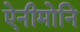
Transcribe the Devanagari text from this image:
ऐनीमोनि